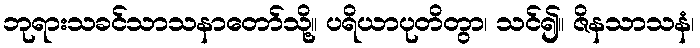
ဘုရားသခင်သာသနာတော်သို့။ ပရိယာပုတိတွာ၊ သင်၍။ ဇိနသာသနံ၊